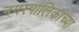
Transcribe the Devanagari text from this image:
नगरपालिकांच्या